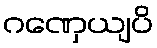
ဂဏှေယျပိ